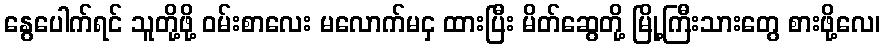
နွေပေါက်ရင် သူတို့ဖို့ ဝမ်းစာလေး မလောက်မငှ ထားပြီး မိတ်ဆွေတို့ မြို့ကြီးသားတွေ စားဖို့လေ၊